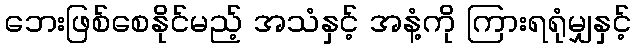
ဘေးဖြစ်စေနိုင်မည့် အသံနှင့် အနံ့ကို ကြားရရုံမျှနှင့်